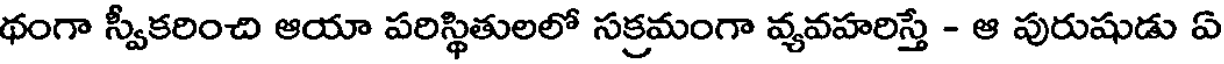
థంగా స్వీకరించి ఆయా పరిస్థితులలో సక్రమంగా వ్యవహరిస్తే - ఆ పురుషుడు ఏ